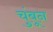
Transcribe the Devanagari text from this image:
चुंबून